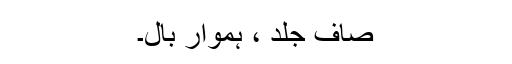
صاف جلد ، ہموار بال۔